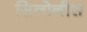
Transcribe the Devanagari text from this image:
सिलोनीस